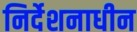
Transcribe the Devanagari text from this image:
निर्देशनाधीन